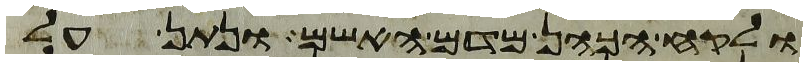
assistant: ולקח הכהן מדם האשם ונתן על